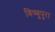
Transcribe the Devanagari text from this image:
बिष्णुपुरा